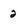
Character: 2